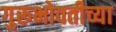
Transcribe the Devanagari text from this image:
गुरूभोवतीच्या